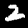
Digit: 2